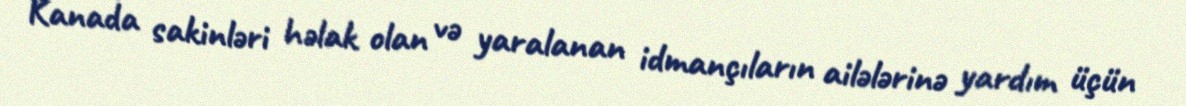
Kanada sakinləri həlak olan və yaralanan idmançıların ailələrinə yardım üçün